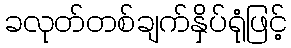
ခလုတ်တစ်ချက်နှိပ်ရုံဖြင့်